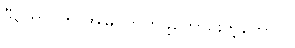
ဒီကောင်က အမြင်ကတ်ဖို့ကောင်းတဲ့ကောင်။